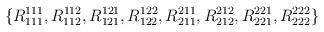
LaTeX: \begin{align*}\{ R_{111}^{111}, R_{112}^{112}, R_{121}^{121}, R_{122}^{122},R_{211}^{211}, R_{212}^{212}, R_{221}^{221}, R_{222}^{222} \}\end{align*}